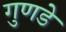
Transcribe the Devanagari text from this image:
गुणडे